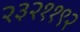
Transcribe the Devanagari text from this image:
२३२११९२